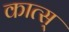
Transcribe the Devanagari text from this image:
कात्स्